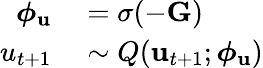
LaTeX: \begin{array}{rl}{\boldsymbol{\phi}_{\mathbf{u}}}&{{}=\sigma(-\mathbf{G})}\\ {u_{t+1}}&{{}\sim Q(\mathbf{u}_{t+1};\boldsymbol{\phi}_{\mathbf{u}})}\end{array}